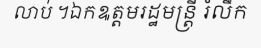
លាប់ ។ឯកឩត្តមរដ្ឋមន្ត្រី រំលឹក